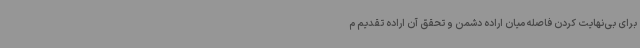
برای بی‌نهایت‌ کردن فاصله میان اراده دشمن و تحقق آن اراده تقدیم م